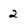
Character: 2